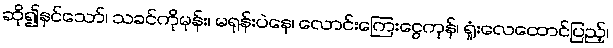
ဆို၍နှင်သော်၊ သခင်ကိုမုန်း၊ မရုန်းပဲနေ၊ လောင်းကြေးငွေကုန်၊ ရှုံးလေထောင်ပြည့်၊